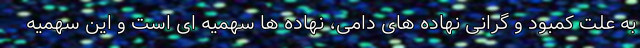
به علت کمبود و گرانی نهاده های دامی، نهاده ها سهمیه ای است و این سهمیه